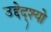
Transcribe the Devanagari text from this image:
उद्देद्श्यो